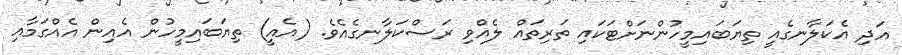
އަދި އެކަލާނގެއީ ތިޔަބައިމީހުންނަށްޓަކައި ތަރިތައް ލެއްވި ރަސްކަލާނގެއެވެ. (އެއީ) ތިޔަބައިމީހުން އެއިން އެއްގަމާއި